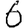
Digit: 6